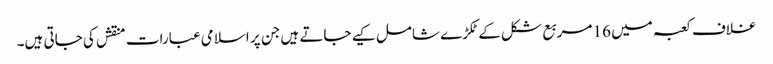
غلاف کعبہ میں 16 مربع شکل کےٹکڑے شامل کیے جاتے ہیں جن پر اسلامی عبارات منقش کی جاتی ہیں۔